Vaccination in the Punjab 1867-1880 - 1867-1880
Year: 1867
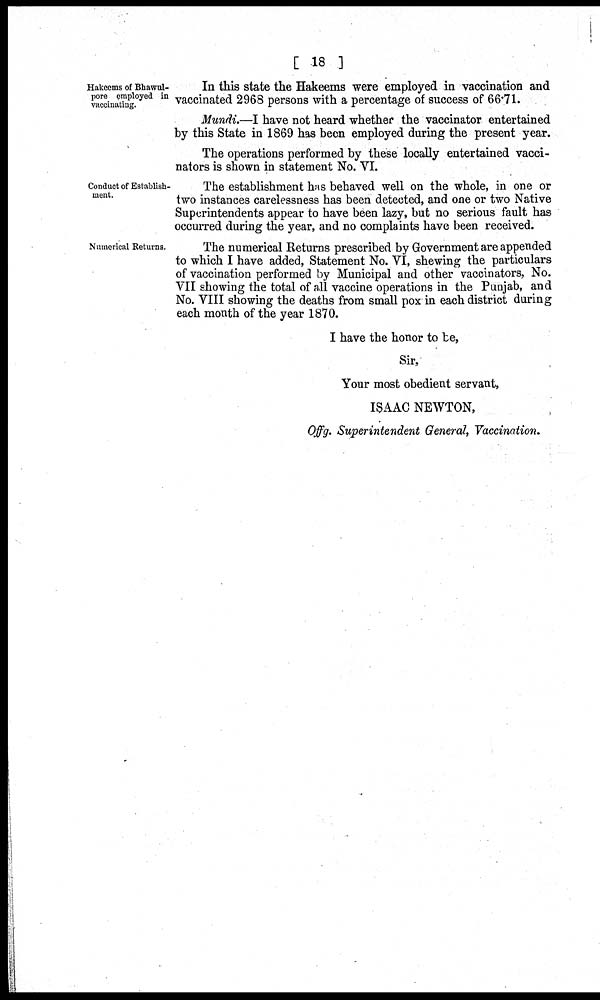
[ 18 ]
Hakeems of Bhawul-
pore employed in
vaccinating.
In this state the Hakeems were employed in vaccination and
vaccinated 2968 persons with a percentage of success of 66.71.
Mundi. I have not heard whether the vaccinator entertained
by this State in 1869 has been employed during the present year.
The operations performed by these locally entertained vacci-
nators is shown in statement No. VI.
Conduct of Establish-
ment.
The establishment has behaved well on the whole, in one or
two instances carelessness has been detected, and one or two Native
Superintendents appear to have been lazy, but no serious fault has
occurred during the year, and no complaints have been received.
Numerical Returns.
The numerical Returns prescribed by Government are appended
to which I have added, Statement No. VI, shewing the particulars
of vaccination performed by Municipal and other vaccinators, No.
VII showing the total of all vaccine operations in the Punjab, and
No. VIII showing the deaths from small pox in each district during
each month of the year 1870.
I have the honor to be,
Sir,
Your most obedient servant,
ISAAC NEWTON,
Offg. Superintendent General, Vaccination,